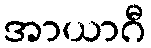
အာယာဂီ